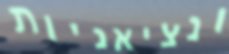
ונציאניות